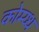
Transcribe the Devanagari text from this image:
कोम्य्थ